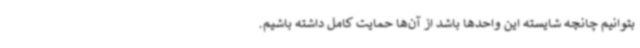
بتوانیم چانچه شایسته این واحدها باشد از آن‌ها حمایت کامل داشته باشیم.